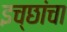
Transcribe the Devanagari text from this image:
इच्छांचा